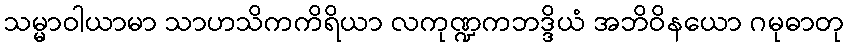
သမ္မာဝါယာမာ သာဟသိကကိရိယာ လကုဏ္ဍကဘဒ္ဒိယံ အဘိဝိနယော ဂမုဓာတု